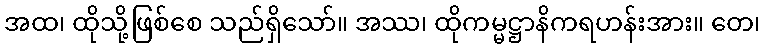
အထ၊ ထိုသို့ဖြစ်စေ သည်ရှိသော်။ အဿ၊ ထိုကမ္မဋ္ဌာနိကရဟန်းအား။ တေ၊